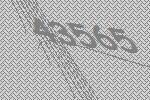
43565